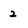
Character: 2